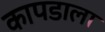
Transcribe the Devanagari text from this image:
कापडाला